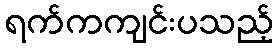
ရက်ကကျင်းပသည့်